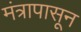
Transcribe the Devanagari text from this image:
मंत्रापासून